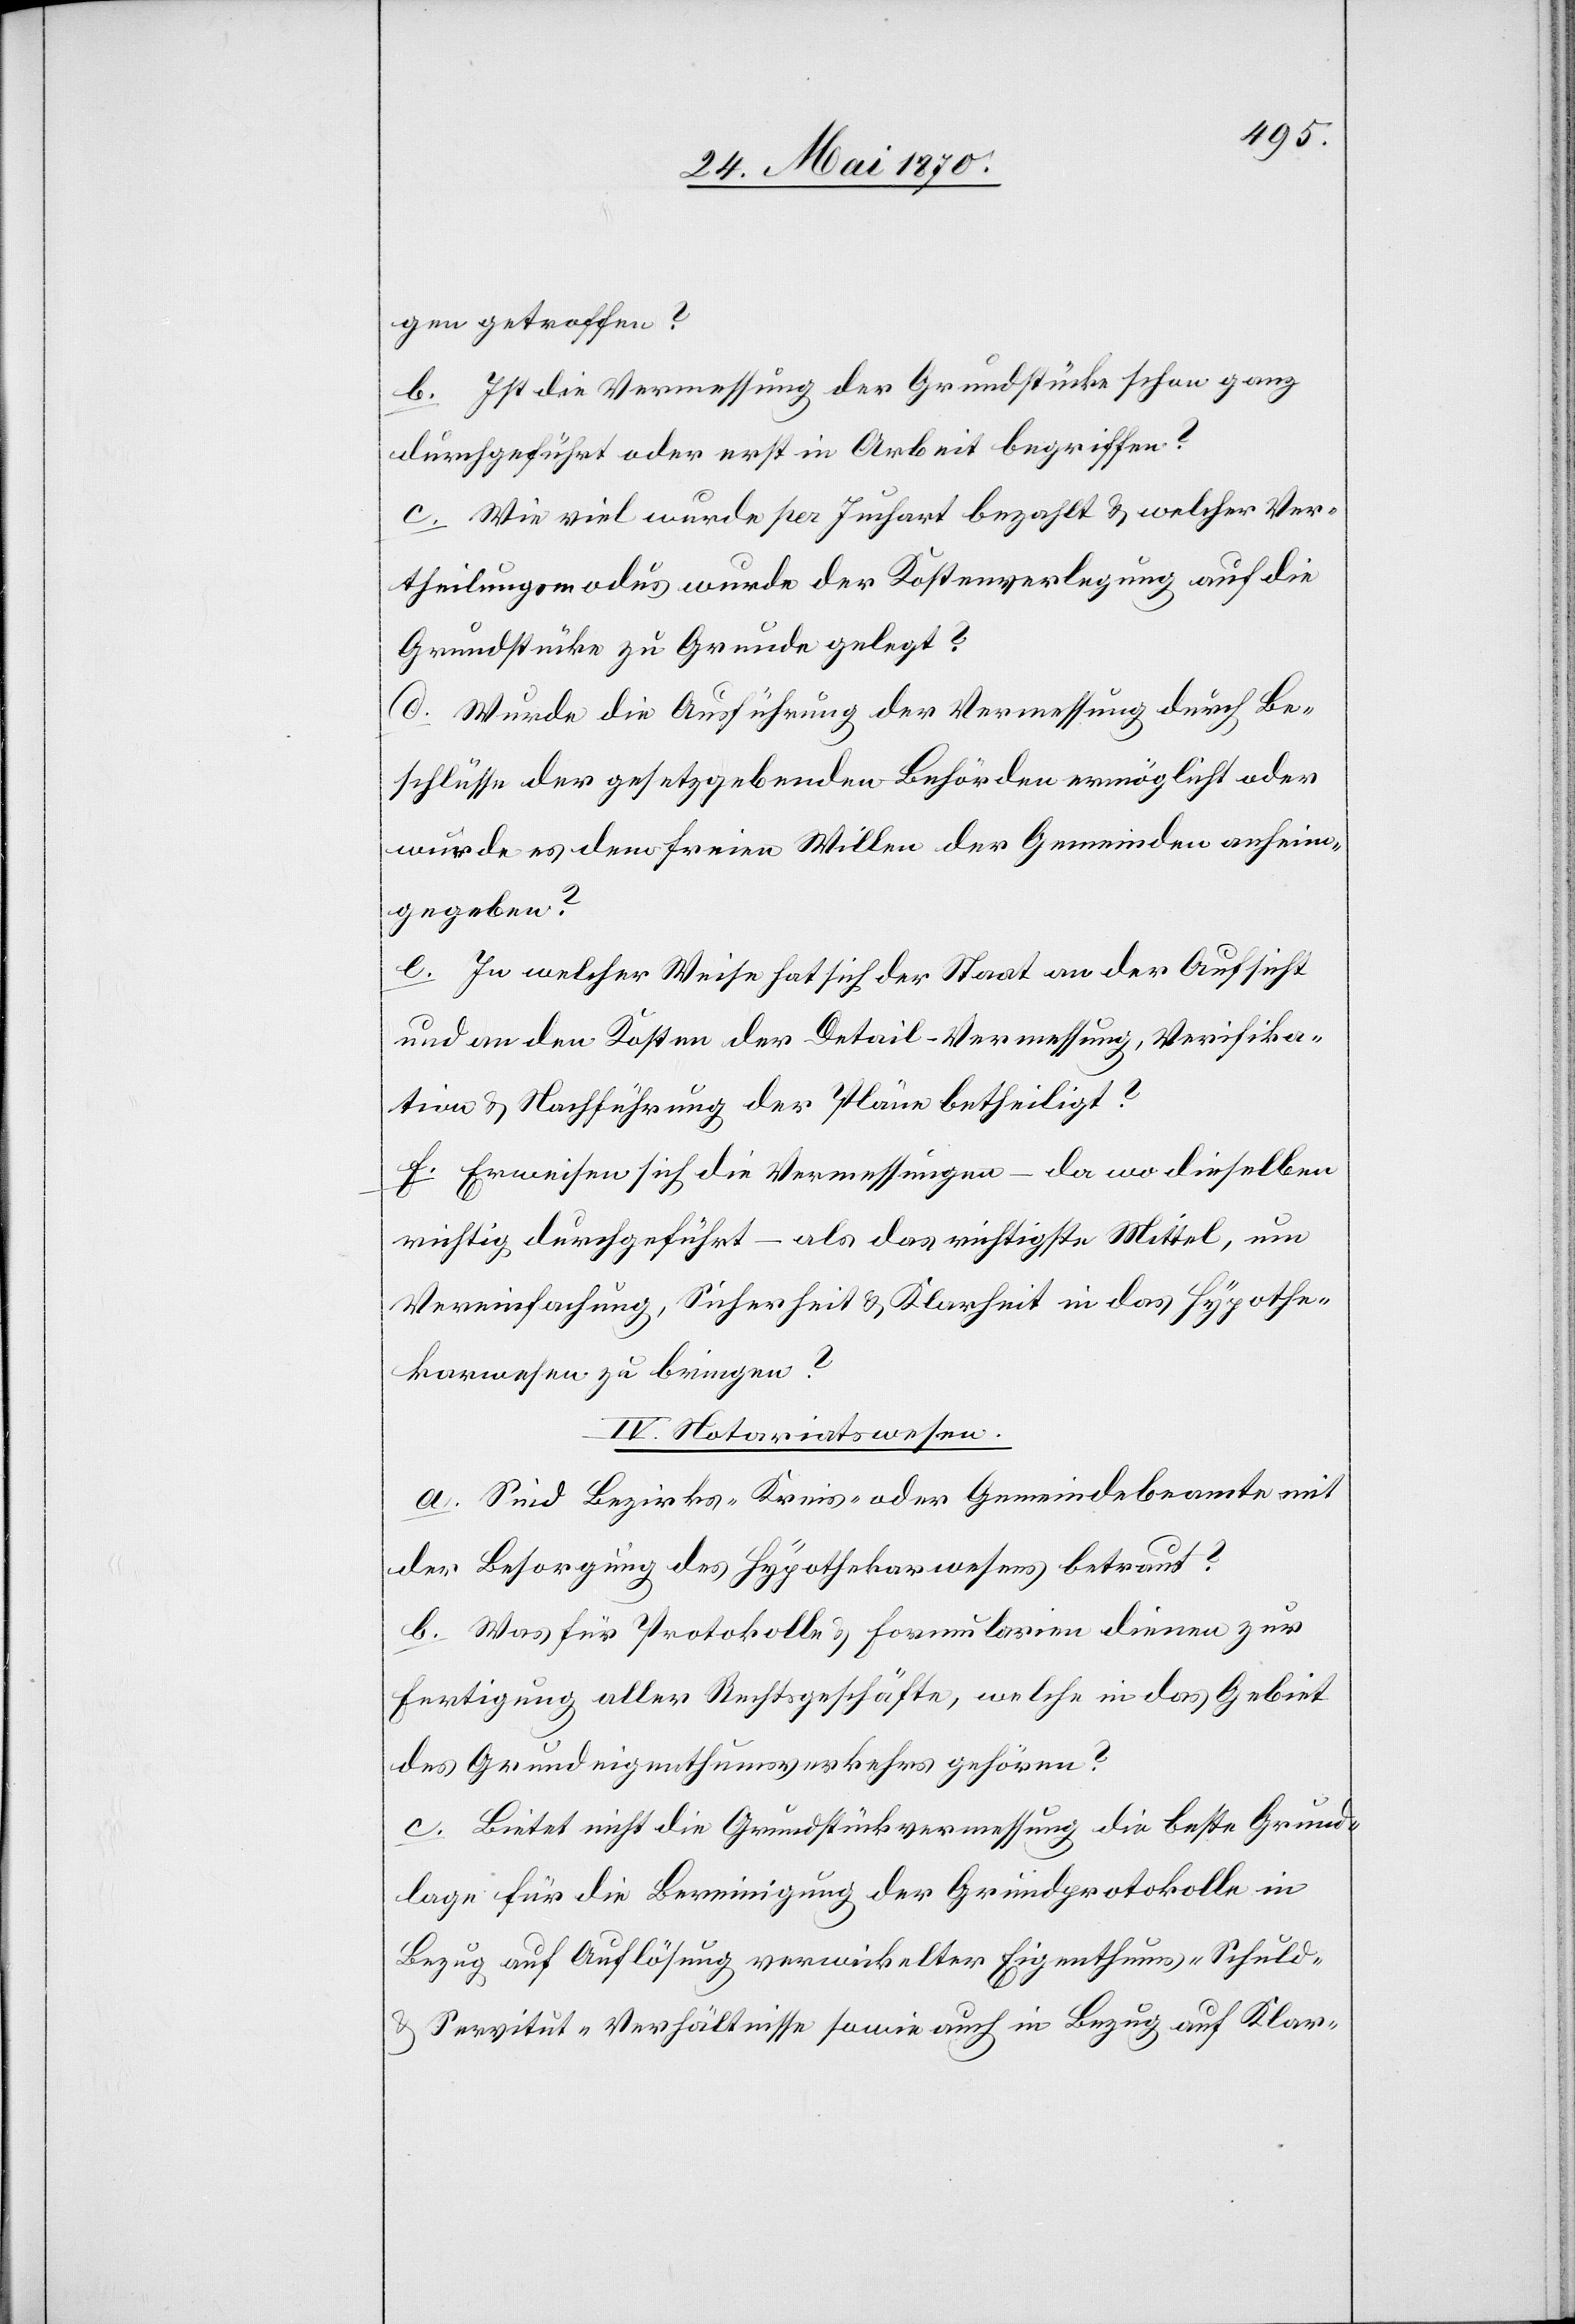
gen getroffen?
b. Ist die Vermessung der Grundstücke schon ganz
durchgeführt oder erst in Arbeit begriffen?
c. Wie viel wurde per Juchart bezahlt & welcher Ver¬
theilungsmodus wurde der Kostenverlegung auf die
Grundstücke zu Grunde gelegt?
d. Wurde die Ausführung der Vermessung durch Be¬
schlüsse der gesetzgebenden Behörden ermöglicht oder
wurde es dem freien Willen der Gemeinden anheim¬
gegeben?
e. In welcher Weise hat sich der Staat an der Aufsicht
und an den Kosten der Detail-Vermessung, Verifika¬
tion & Nachführung der Pläne betheiligt?
f. Erweisen sich die Vermessungen – da wo dieselben
richtig durchgeführt – als das richtigste Mittel, um
Vereinfachung, Sicherheit & Klarheit in das Hypothe¬
karwesen zu bringen?
IV. Notariatswesen.
a. Sind Bezirks-[,] Kreis- oder Gemeindebeamte mit
der Besorgung des Hypothekarwesens betraut?
b. Was für Protokolle & Formularien dienen zur
Fertigung aller Rechtsgeschäfte, welche in das Gebiet
des Grundeigenthumsverkehrs gehören?
c. Bietet nicht die Grundstückvermessung die beste Grund¬
lage für die Bereinigung der Grundprotokolle in
Bezug auf Auflösung verwickelter Eigenthums-[,] Schuld-
& Servitut-Verhältnisse sowie auch in Bezug auf Klar-